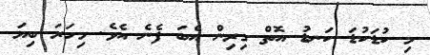
މި ކުޑަކުޑަ ކަނޑު އޮތް ގިރިން އެބަ ފެނެ އެވެ. މިހަރަ ބިޔަ